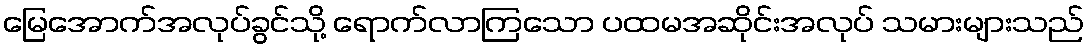
မြေအောက်အလုပ်ခွင်သို့ ရောက်လာကြသော ပထမအဆိုင်းအလုပ် သမားများသည်